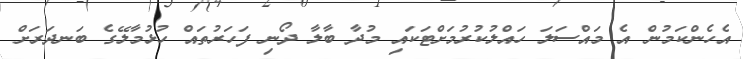
އެހެންކަމުން އެ މައްސަލަ ހައްލުކުރުމަށްޓަކައި މުދާ ބާލާ ދޯނި ފަހަރުތައް ހުޅުމާލޭގެ ބަނދަރަށް